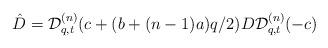
LaTeX: \begin{gather*}\hat{D} = {\cal D}^{(n)}_{q,t}(c+(b+(n-1)a)q/2) D {\cal D}^{(n)}_{q,t}(-c)\end{gather*}